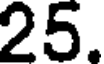
25.